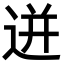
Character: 迸